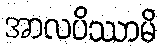
အာလပိဿာမိ